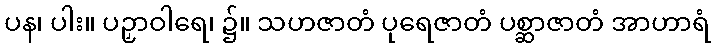
ပန၊ ပါး။ ပဉှာဝါရေ၊ ၌။ သဟဇာတံ ပုရေဇာတံ ပစ္ဆာဇာတံ အာဟာရံ